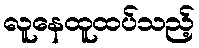
လူနေထူထပ်သည့်